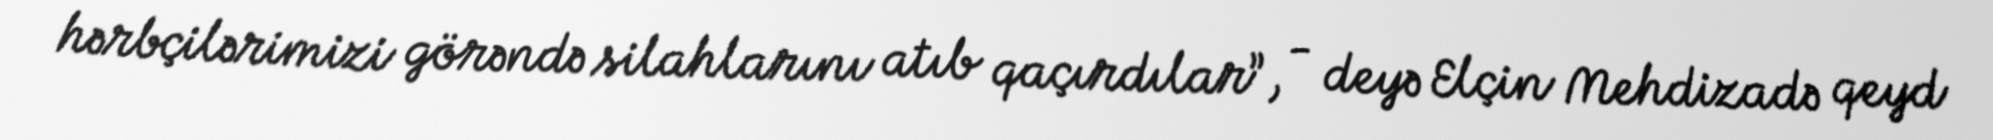
hərbçilərimizi görəndə silahlarını atıb qaçırdılar”, - deyə Elçin Mehdizadə qeyd